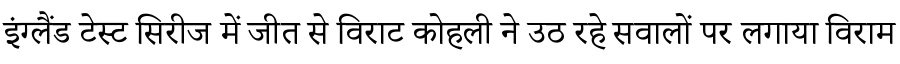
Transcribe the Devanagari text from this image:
इंग्लैंड टेस्ट सिरीज में जीत से विराट कोहली ने उठ रहे सवालों पर लगाया विराम